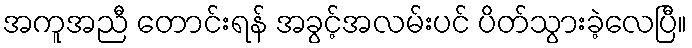
အကူအညီ တောင်းရန် အခွင့်အလမ်းပင် ပိတ်သွားခဲ့လေပြီ။